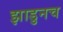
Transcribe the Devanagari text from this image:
झाडुनच